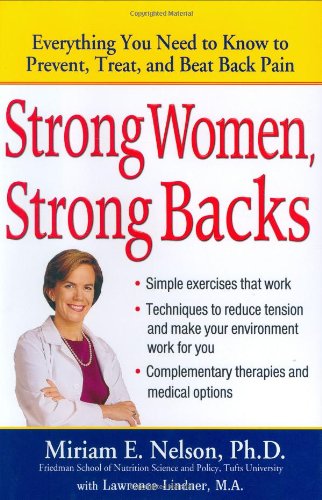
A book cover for Strong Women, Strong Backs: Everything You Need to Know to Prevent, Treat, and Beat Back Pain; Miriam E. Nelson; Health, Fitness & Dieting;